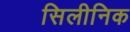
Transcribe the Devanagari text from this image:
सिलीनिक